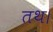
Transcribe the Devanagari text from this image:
तथ।